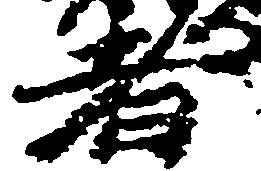
者